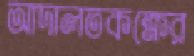
আদালতকক্ষের